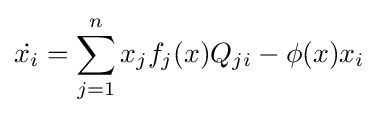
{\dot {x_{i}}}=\sum _{j=1}^{n}{x_{j}f_{j}(x)Q_{ji}}-\phi (x)x_{i}